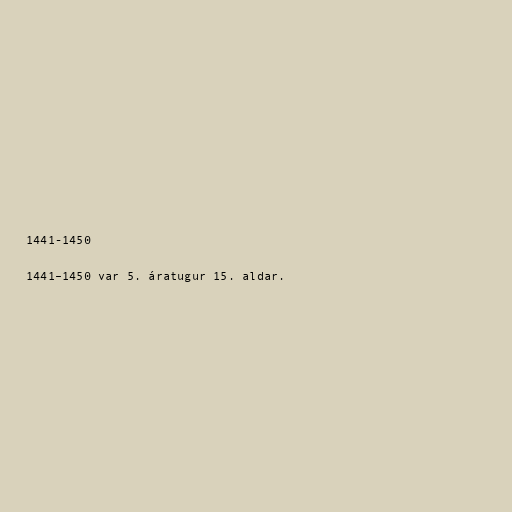
1441-1450

1441–1450 var 5. áratugur 15. aldar.